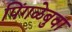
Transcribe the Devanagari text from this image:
पिंगळेबुवा